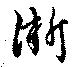
淅